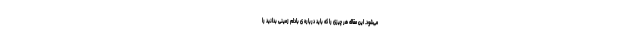
می‌شود. این مقاله هر چیزی را که باید درباره ی بادام زمینی بدانید را